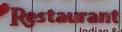
restaurant